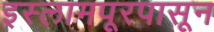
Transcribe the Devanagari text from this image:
इस्लामपूरपासून